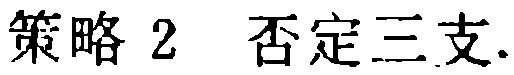
策略 2  否定三支.